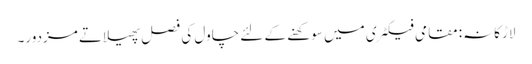
لاڑکانہ: مقامی فیکٹری میں سوکھنے کے لئے چاول کی فصل پھیلاتے مزدور۔